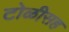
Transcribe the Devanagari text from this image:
टोळीसह